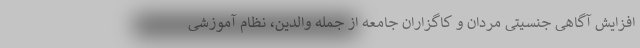
افزایش آگاهی جنسیتی مردان و کاگزاران جامعه از جمله والدین، نظام آموزشی